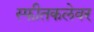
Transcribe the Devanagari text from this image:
स्फीतकलेवर